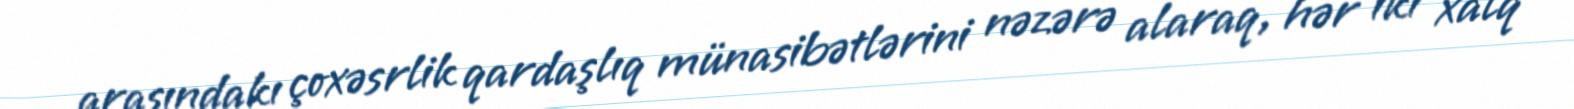
arasındakı çoxəsrlik qardaşlıq münasibətlərini nəzərə alaraq, hər iki xalq